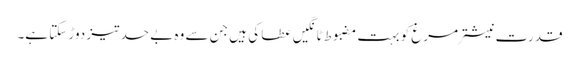
قدرت نیشتر مرغ کو بہت مضبوط ٹانگیں عطا کی ہیں جن سے وہ بے حد تیز دوڑ سکتا ہے۔